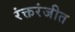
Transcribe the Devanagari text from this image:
रंक्तरंजीत